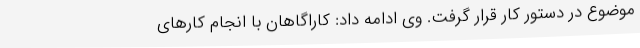
موضوع در دستور کار قرار گرفت. وی ادامه داد: کاراگاهان با انجام کارهای